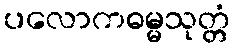
ပလောကဓမ္မသုတ္တံ